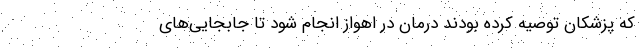
که پزشکان توصیه کرده بودند درمان در اهواز انجام شود تا جابجایی‌های